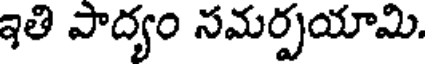
ఇతి పాద్యం సమర్పయామి.